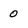
Character: 0